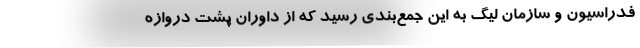
فدراسیون و سازمان لیگ به این جمع‌بندی رسید که از داوران پشت دروازه